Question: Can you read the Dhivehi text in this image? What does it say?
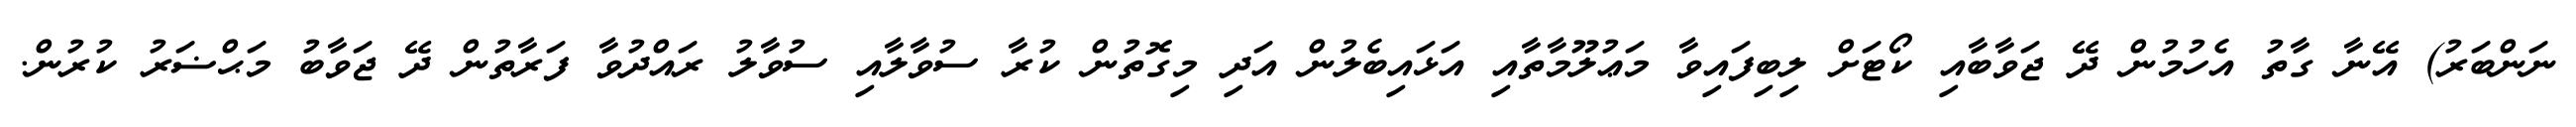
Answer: ނަންބަރު) އޭނާ ގާތު އެހުމުން ދޭ ޖަވާބާއި ކޯޓަށް ލިބިފައިވާ މަޢުލޫމާތާއި އަޅައިބެލުން އަދި މިގޮތުން ކުރާ ސުވާލާއި ސުވާލު ރައްދުވާ ފަރާތުން ދޭ ޖަވާބު މަޙްޟަރު ކުރުން.